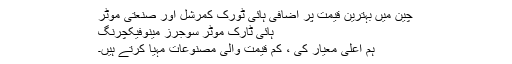
چین میں بہترین قیمت پر اضافی ہائی ٹورک کمرشل اور صنعتی موٹر
ہائی ٹارک موٹر سوجرز مینوفیکچرنگ
ہم اعلی معیار کی ، کم قیمت والی مصنوعات مہیا کرتے ہیں۔